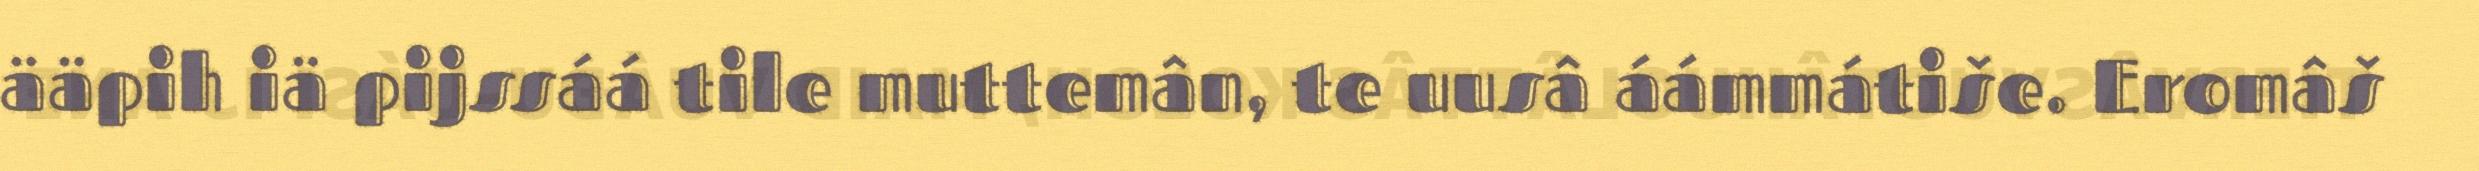
ääpih iä pijssáá tile muttemân, te uusâ áámmátiše. Eromâš